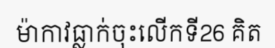
ម៉ាកាវធ្លាក់ចុះលើកទី26 គិត